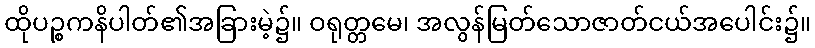
ထိုပဉ္စကနိပါတ်၏အခြားမဲ့၌။ ဝရုတ္တမေ၊ အလွန်မြတ်သောဇာတ်ငယ်အပေါင်း၌။